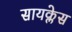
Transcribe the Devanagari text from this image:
सायक्लेस